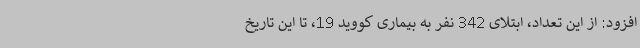
افزود: از این تعداد، ابتلای 342 نفر به بیماری کووید 19، تا این تاریخ